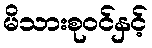
မိသားစုဝင်နှင့်